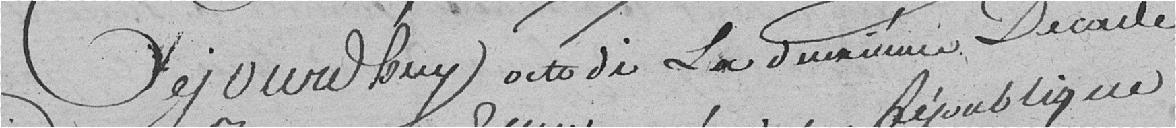
Cejourd'huy acte de La deuxième Décade